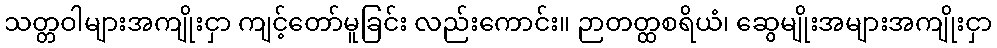
သတ္တဝါများအကျိုးငှာ ကျင့်တော်မူခြင်း လည်းကောင်း။ ဉာတတ္ထစရိယံ၊ ဆွေမျိုးအများအကျိုးငှာ